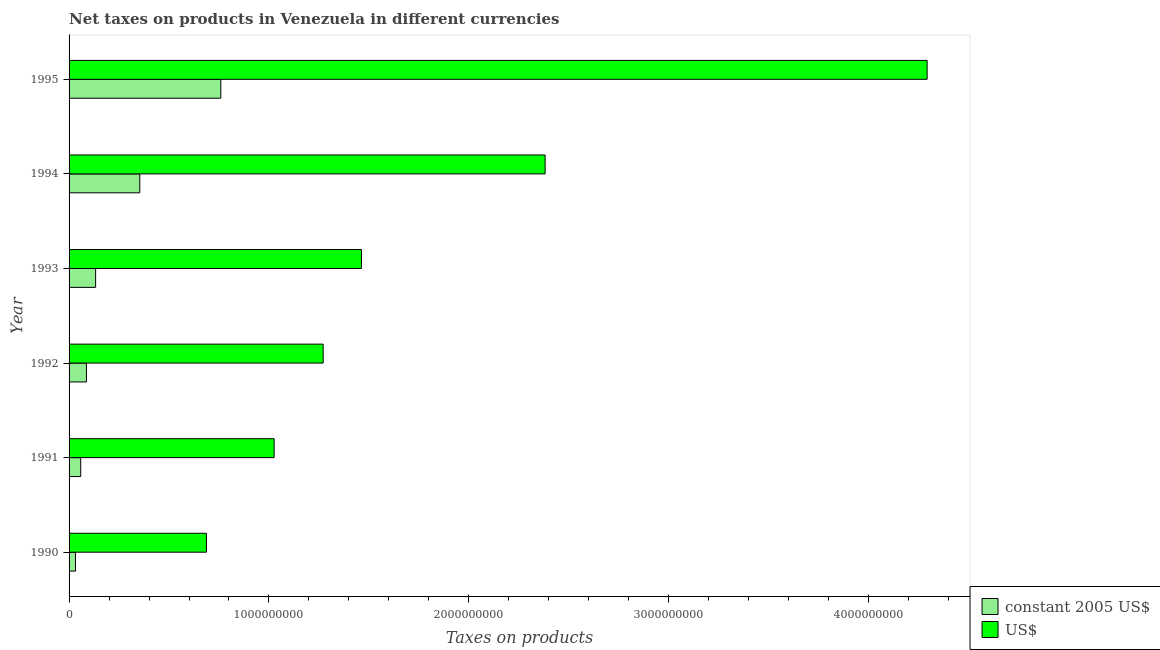
| Year | constant 2005 US$ | US$ |
 | --- | --- | --- |
 | 1990 | 3.22e+07 | 6.87e+08 |
 | 1991 | 5.83e+07 | 1.03e+09 |
 | 1992 | 8.69e+07 | 1.27e+09 |
 | 1993 | 1.33e+08 | 1.46e+09 |
 | 1994 | 3.54e+08 | 2.38e+09 |
 | 1995 | 7.59e+08 | 4.29e+09 |